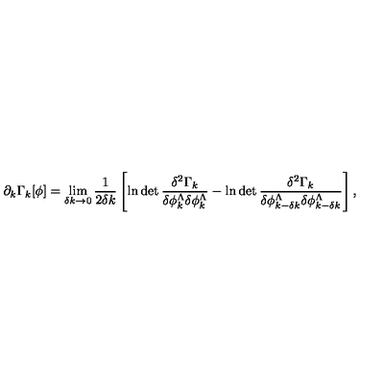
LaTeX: \partial _ { k } \Gamma _ { k } [ \phi ] = \lim _ { \delta k \to 0 } \frac { 1 } { 2 \delta k } \left[ \ln \det \frac { \delta ^ { 2 } \Gamma _ { k } } { \delta \phi _ { k } ^ { \Lambda } \delta \phi _ { k } ^ { \Lambda } } - \ln \det \frac { \delta ^ { 2 } \Gamma _ { k } } { \delta \phi _ { k - \delta k } ^ { \Lambda } \delta \phi _ { k - \delta k } ^ { \Lambda } } \right] ,